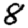
Digit: 8